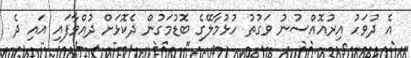
އެ ދުވަހު އިރުއޮއްސުނު ވަގުތު ހުޅުމާލޭގެ ބޮޑުމަގުން ދެކޮޅަށް ދުއްވާފައި އައި ދެ